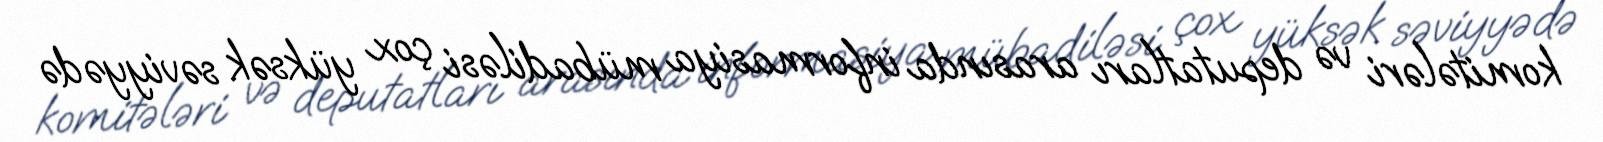
komitələri və deputatları arasında informasiya mübadiləsi çox yüksək səviyyədə